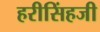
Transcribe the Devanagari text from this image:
हरीसिंहजी